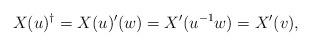
LaTeX: \begin{align*}X(u)^\dag=X(u)'(w)=X'(u^{-1}w)=X'(v),\end{align*}